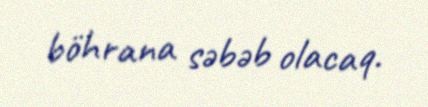
böhrana səbəb olacaq.